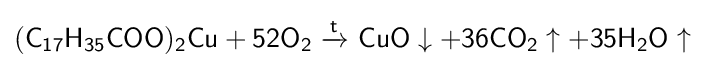
{\mathsf {(C_{17}H_{35}COO)_{2}Cu+52O_{2}\ {\xrightarrow {t}}\ CuO\downarrow +36CO_{2}\uparrow +35H_{2}O\uparrow }}